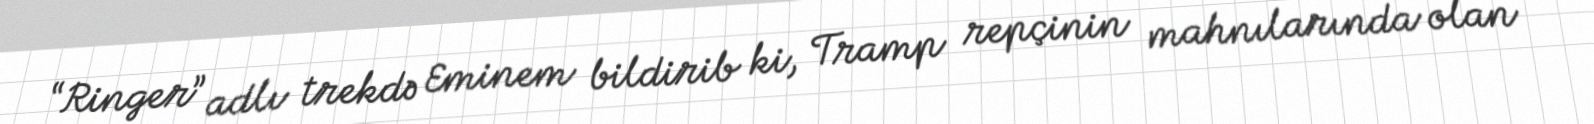
“Ringer” adlı trekdə Eminem bildirib ki, Tramp repçinin mahnılarında olan